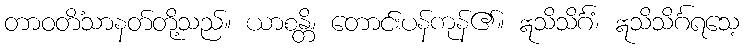
တာဝတိံသာနတ်တို့သည်။ ယာစန္တိ၊ တောင်းပန်ကုန်၏။ ဣသိသိင်္ဂံ၊ ဣသိသိင်္ဂရသေ့